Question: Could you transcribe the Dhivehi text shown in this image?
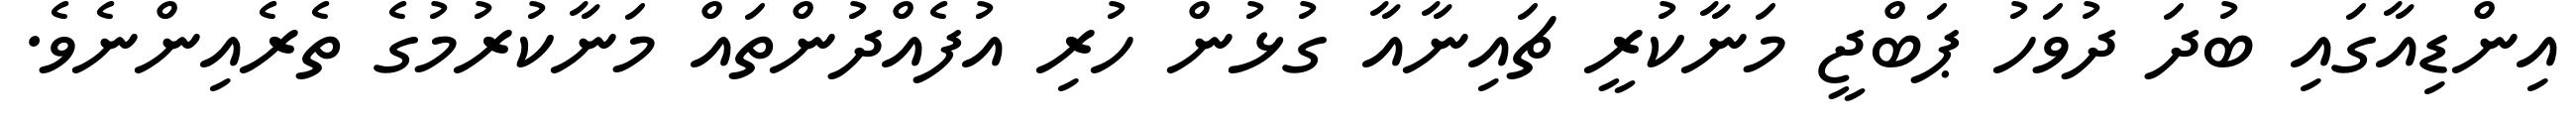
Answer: އިންޑިއާގައި ބުދަ ދުވަހު ޕަބްޖީ މަނާކުރީ ޗައިނާއާ ގުޅުން ހުރި އުފެއްދުންތައް މަނާކުރުމުގެ ތެރެއިންނެވެ.